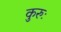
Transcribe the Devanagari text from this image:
कुरुः